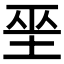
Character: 𡋻